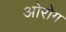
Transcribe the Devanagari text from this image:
ओरोग